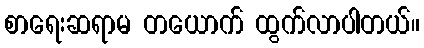
စာရေးဆရာမ တယောက် ထွက်လာပါတယ်။